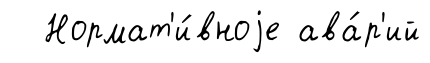
Нормат'и́вноjе ава́р'ий